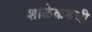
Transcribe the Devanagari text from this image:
शाळेकडची